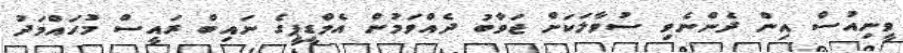
ވީނިއުސް އިން ދެންނެވި ސުވާލަކަށް ޖަވާބު ދެއްވަމުން އެމްޑީޕީގެ ނައިބް ރައީސް މުހައްމަދު